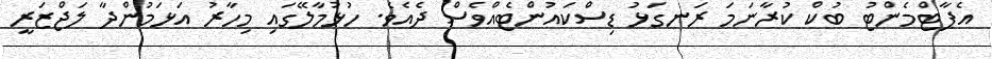
އެޕާޓްމެންޓު ބުކް ކުރާނަމަ ރަނގަޅު ޑިސްކައުންޓެއްވެސް ދެއެވެ. ހުޅުމާލޭގައި މިހާރު އަޅަމުންދާ ލަޖްޒަރީ